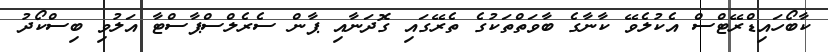
ކާބޯހައިޑްރޭޓްސް އެކުލެވޭ ކާނާގެ ބާވަތްތަކުގެ ތެރޭގައި ގޮދަނާއި ޕާން ސެރެލްސްޕާސްޓާ އަލުވި ބިސްކޯދު